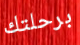
برحلتك